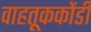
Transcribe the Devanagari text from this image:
वाहतूककोंडी